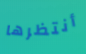
أنتظرها